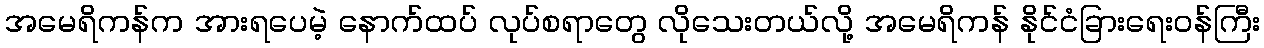
အမေရိကန်က အားရပေမဲ့ နောက်ထပ် လုပ်စရာတွေ လိုသေးတယ်လို့ အမေရိကန် နိုင်ငံခြားရေးဝန်ကြီး